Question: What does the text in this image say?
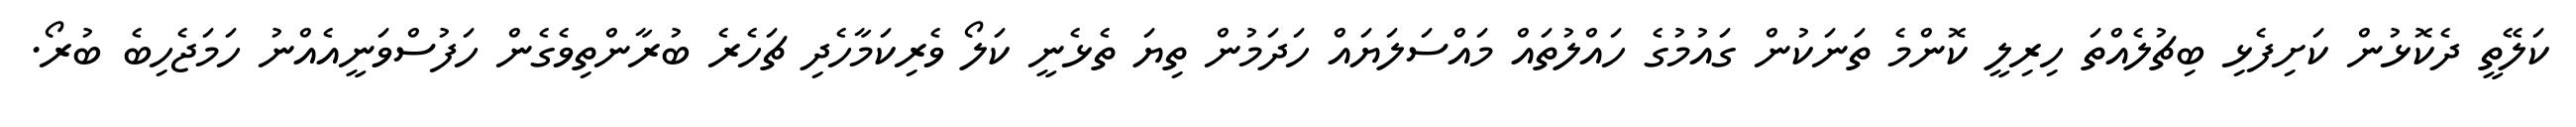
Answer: ކަލޭތީ ދެކޮޅުން ކަށިފެޅި ބިޗުލެއްތަ ހިރިލީ ކޮންމެ ތަނަކުން ގައުމުގެ ހައްލުތައް މައްސަލަޔައް ހަދަމުން ތިޔަ ތެޅެނީ ކަލޯ ވެރިކަމާހެދި ޗަހެރެ ބުރާންތިވެގެން ހަފުސްވަނީއެއްނު ހަމަޖެހިބެ ބުރޯ.